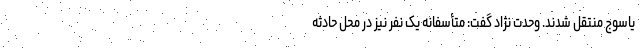
یاسوج منتقل شدند. وحدت نژاد گفت: متأسفانه یک نفر نیز در محل حادثه